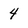
Character: 4